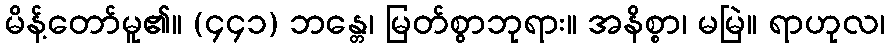
မိန့်တော်မူ၏။ (၄၄၁) ဘန္တေ၊ မြတ်စွာဘုရား။ အနိစ္စာ၊ မမြဲ။ ရာဟုလ၊